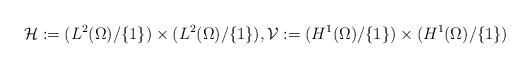
\begin{align*}\mathcal{H} := (L^{2}(\Omega)/\{1\}) \times (L^{2}(\Omega)/\{1\}), \mathcal{V} := (H^{1}(\Omega)/\{1\}) \times (H^{1}(\Omega)/\{1\}) \end{align*}